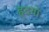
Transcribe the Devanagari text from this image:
हृदयो